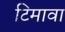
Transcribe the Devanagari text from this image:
टिमावा